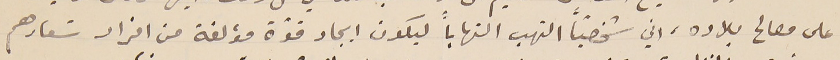
على مصالح بلاده، اني شخصياً التهب التهاباً ليكون ايجاد قوّة مؤلفة من افراد شعارهم